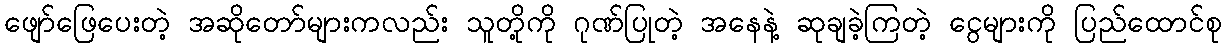
ဖျော်ဖြေပေးတဲ့ အဆိုတော်များကလည်း သူတို့ကို ဂုဏ်ပြုတဲ့ အနေနဲ့ ဆုချခဲ့ကြတဲ့ ငွေများကို ပြည်ထောင်စု